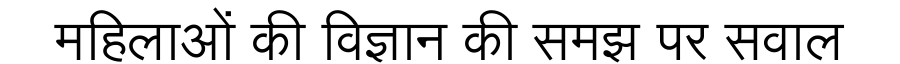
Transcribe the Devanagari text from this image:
महिलाओं की विज्ञान की समझ पर सवाल